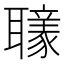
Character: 𦘄